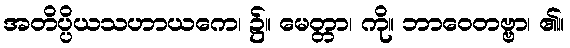
အတိပ္ပိယသဟာယကေ၊ ၌။ မေတ္တာ၊ ကို။ ဘာဝေတဗ္ဗာ၊ ၏။